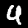
Label: 4